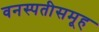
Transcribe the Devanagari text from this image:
वनस्पतीसमूह